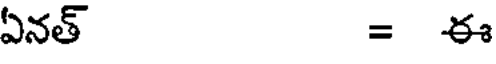
ఏనత్ = ఈ